Senior Leaving Certificate Examination (including Day School Certificate (Higher) General paper), 1949
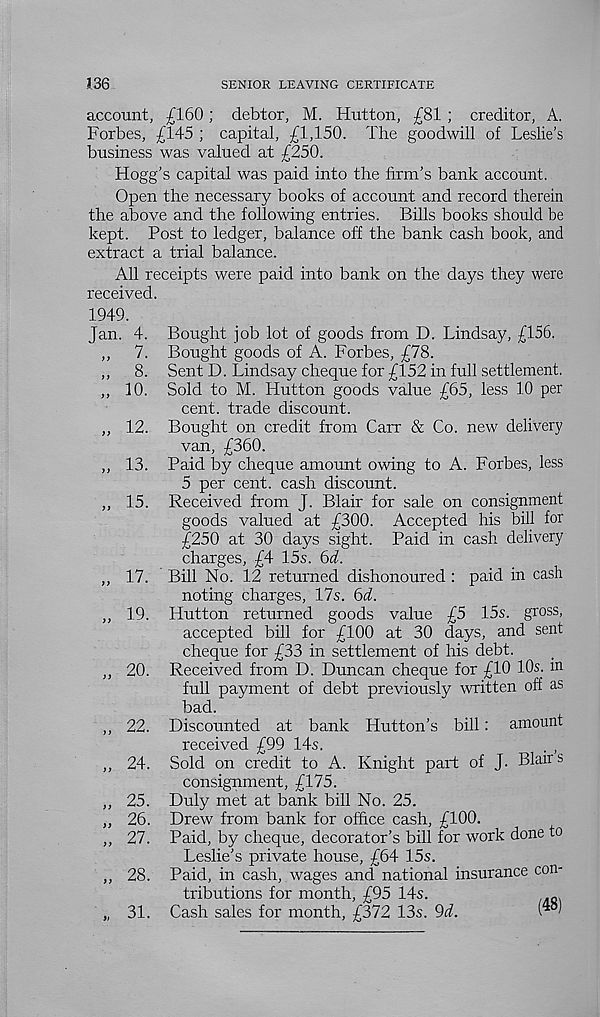
136
SENIOR LEAVING CERTIFICATE
account, £160; debtor, M. Hutton, £81 ; creditor, A.
Forbes, £145 ; capital, £1,150. The goodwill of Leslie's
business was valued at £250.
Hogg’s capital was paid into the firm’s bank account.
Open the necessary books of account and record therein
the above and the following entries. Bills books should be
kept. Post to ledger, balance off the bank cash book, and
extract a trial balance.
All receipts were paid into bank on the days they were
received.
1949.
Jan. 4. Bought job lot of goods from D. Lindsay, £156.
,,
7. Bought goods of A. Forbes, £78.
,,
8. Sent D. Lindsay cheque for £152 in full settlement.
,, 10. Sold to M. Hutton goods value £65, less 10 per
cent, trade discount.
,, 12. Bought on credit from Carr & Co. new delivery
van, £360.
,, 13. Paid by cheque amount owing to A. Forbes, less
5 per cent, cash discount.
,, 15. Received from J. Blair for sale on consignment
goods valued at £300. Accepted his bill for
£250 at 30 days sight. Paid in cash delivery
charges, £4 15s. 6<7.
,, 17. Bill No. 12 returned dishonoured : paid in cash
noting charges, 17s. 6i.
„ 19. Hutton returned goods value £5 15s. gross,
accepted bill for £100 at 30 days, and sent
cheque for £33 in settlement of his debt.
,, 20. Received from D. Duncan cheque for £10 10s. m
full payment of debt previously written off as
bad.
,, 22. Discounted at bank Hutton’s bill: amount
received £99 14s.
. ,
,, 24. Sold on credit to A. Knight part of J. Blairs
consignment, £175.
,, 25. Duly met at bank bill No. 25.
„ 26. Drew from bank for office cash, £100.
,, 27. Paid, by cheque, decorator’s bill for work done to
Leslie’s private house, £64 15s.
,, 28. Paid, in cash, wages and national insurance con-
tributions for month, £95 14s.
Q
„ 31. Cash sales for month, £372 13s. 9d.